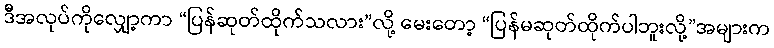
ဒီအလုပ်ကိုလျှော့ကာ “ပြန်ဆုတ်ထိုက်သလား”လို့ မေးတော့ “ပြန်မဆုတ်ထိုက်ပါဘူးလို့”အများက